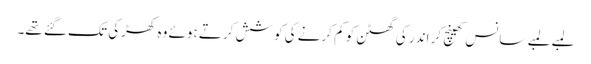
لمبے لمبے سانس کھینچ کر اندر کی گھٹن کو کم کرنے کی کوشش کرتے ہوئے وہ کھڑکی تک گئے تھے۔